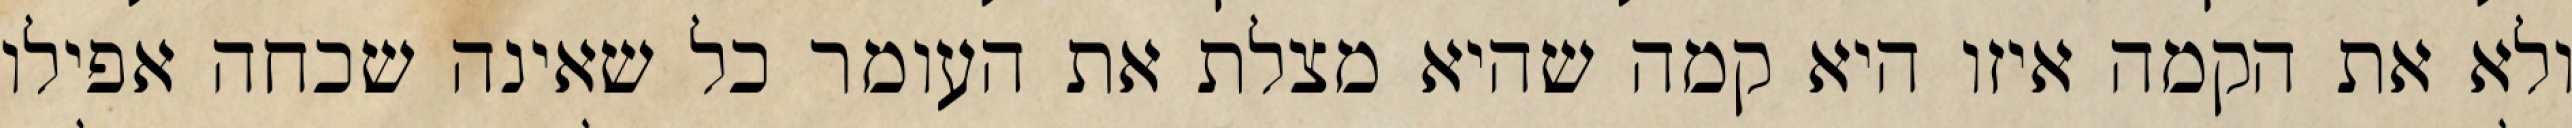
ולא את הקמה איזו היא קמה שהיא מצלת את העומר כל שאינה שכחה אפילו